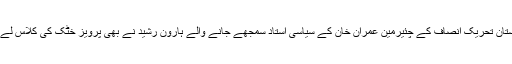
پاکستان تحریک انصاف کے چئیرمین عمران خان کے سیاسی استاد سمجھے جانے والے ہارون رشید نے بھی پرویز خٹک کی کلاس لے لی۔